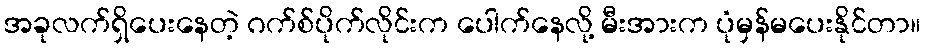
အခုလက်ရှိပေးနေတဲ့ ဂက်စ်ပိုက်လိုင်းက ပေါက်နေလို့ မီးအားက ပုံမှန်မပေးနိုင်တာ။